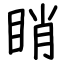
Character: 睄